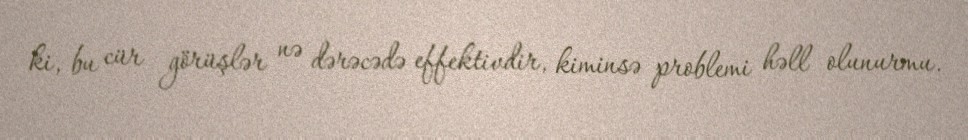
ki, bu cür görüşlər nə dərəcədə effektivdir, kiminsə problemi həll olunurmu.